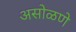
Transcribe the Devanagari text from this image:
असोळणे